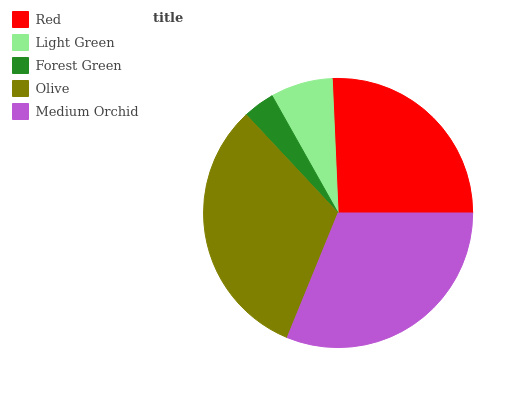
| Red | Light Green | Forest Green | Olive | Medium Orchid |
 | --- | --- | --- | --- | --- |
 | 25.6% | 7.47% | 3.81% | 31.9% | 31.2% |